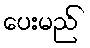
ပေးမည်